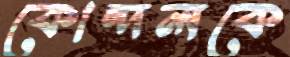
কোন্দলকে